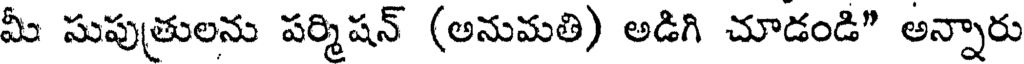
మీ సుపుత్రులను పర్మిషన్ (అనుమతి) అడిగి చూడండి" అన్నారు